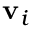
\mathbf { v } _ { i }